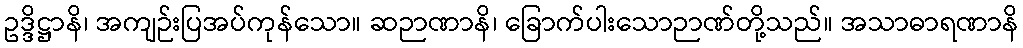
ဥဒ္ဒိဋ္ဌာနိ၊ အကျဉ်းပြအပ်ကုန်သော။ ဆဉာဏာနိ၊ ခြောက်ပါးသောဉာဏ်တို့သည်။ အသာဓာရဏာနိ